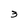
Character: 3